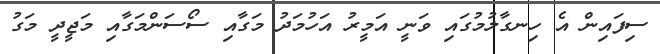
ސިފައިން އެ ހިނގާލުމުގައި ވަނީ އަމީރު އަހުމަދު މަގާއި ސޯސަންމަގާއި މަޖީދީ މަގު